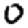
Digit: 0